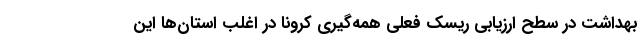
بهداشت در سطح ارزیابی ریسک فعلی همه‌گیری کرونا در اغلب استان‌ها این